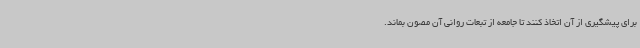
برای پیشگیری از آن اتخاذ کنند تا جامعه از تبعات روانی آن مصون بماند.